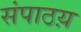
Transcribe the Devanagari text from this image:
संपाठय़